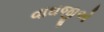
વાઘજીએ